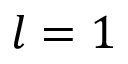
l = 1